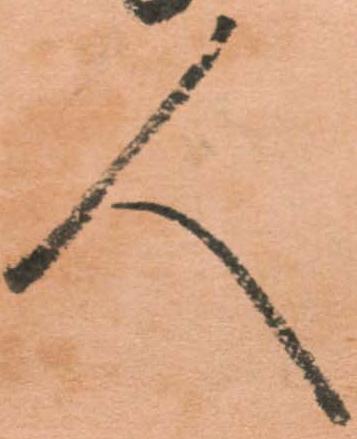
人